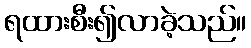
ရထားစီး၍လာခဲ့သည်။